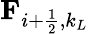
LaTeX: \textbf{F}_{i+\frac{1}{2},k_{L}}